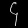
Digit: ၄